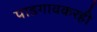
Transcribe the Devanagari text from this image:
पाडगावकरही